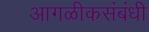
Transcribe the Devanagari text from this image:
आगळीकसंबंधी